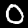
Label: 0